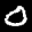
Label: 0